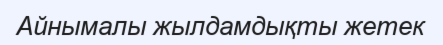
Айнымалы жылдамдықты жетек